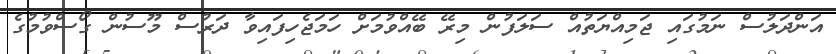
އަންދަލުސް ނަމުގައި ޖަމިއްޔަތުއް ސަލަފުން މިރޭ ބޭއްވުމަށް ހަމަޖެހިފައިވާ ދަރުސް މޫސުން ގޯސްވުމުގެ